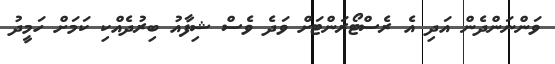
ވަންނަންދެން އަދި އެ ރެސްޓޯރަންޓަށް ވަދެ ވެސް ޝިފާއު ބިރުދެއްކި ކަމަށް ހަމީދު